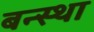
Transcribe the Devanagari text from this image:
बन्स्था